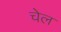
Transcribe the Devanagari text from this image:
चेल